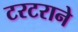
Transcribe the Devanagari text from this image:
टरटराने